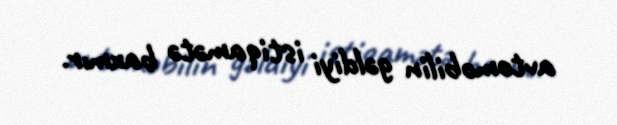
avtomobilin gəldiyi istiqamətə baxmır.